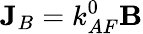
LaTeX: \mathbf{J}_{B}=k_{AF}^{0}\mathbf{B}